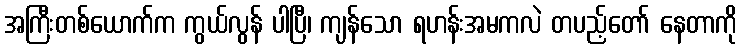
အကြီးတစ်ယောက်က ကွယ်လွန် ပါပြီ၊ ကျန်သော ရဟန်းအမကလဲ တပည့်တော် နေတာကို